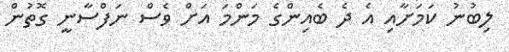
ލިބުނު ކަމަށާއި އެ ދެ ބެއިންގެ މަންމަ އަށް ވެސް ނަފްސާނީ ގޮތުން